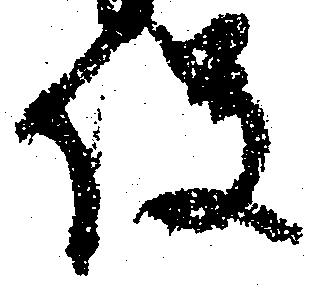
役